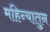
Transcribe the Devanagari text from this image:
महिन्यातुन